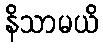
နိသာမယိ